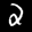
Label: 2